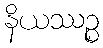
နိယဿဉ္စ